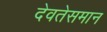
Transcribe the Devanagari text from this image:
देवतेसमान